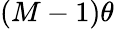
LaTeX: (M-1)\theta